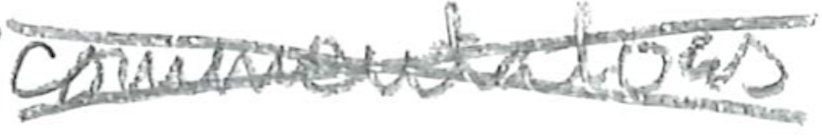
Text: commentators
Cross-out: cross
Writing tool: pencil